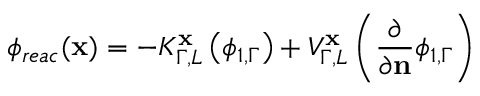
\phi _ { r e a c } ( \mathbf { x } ) = - K _ { \Gamma , L } ^ { \mathbf { x } } \left( \phi _ { 1 , \Gamma } \right) + V _ { \Gamma , L } ^ { \mathbf { x } } \left( \frac { \partial } { \partial \mathbf { n } } \phi _ { 1 , \Gamma } \right)